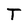
Character: T